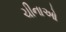
ચીનાઓ